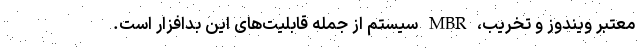
معتبر ویندوز و تخریب، MBR سیستم از جمله قابلیت‌های این بدافزار است.